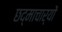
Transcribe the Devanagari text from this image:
छद्माचार्यों